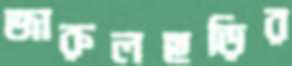
জারুলছড়ির